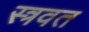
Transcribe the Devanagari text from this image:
स्त्रवत